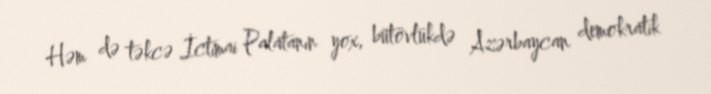
Həm də təkcə İctimai Palatanın yox, bütövlükdə Azərbaycan demokratik